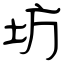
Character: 坊